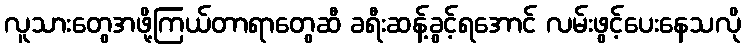
လူသားတွေအဖို့ကြယ်တာရာတွေဆီ ခရီးဆန့်ခွင့်ရအောင် လမ်းဖွင့်ပေးနေသလို